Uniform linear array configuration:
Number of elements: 12
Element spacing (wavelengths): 0.5
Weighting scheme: exponential
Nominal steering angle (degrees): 60
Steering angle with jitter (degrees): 58.768
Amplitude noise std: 0.05
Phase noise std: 0.05

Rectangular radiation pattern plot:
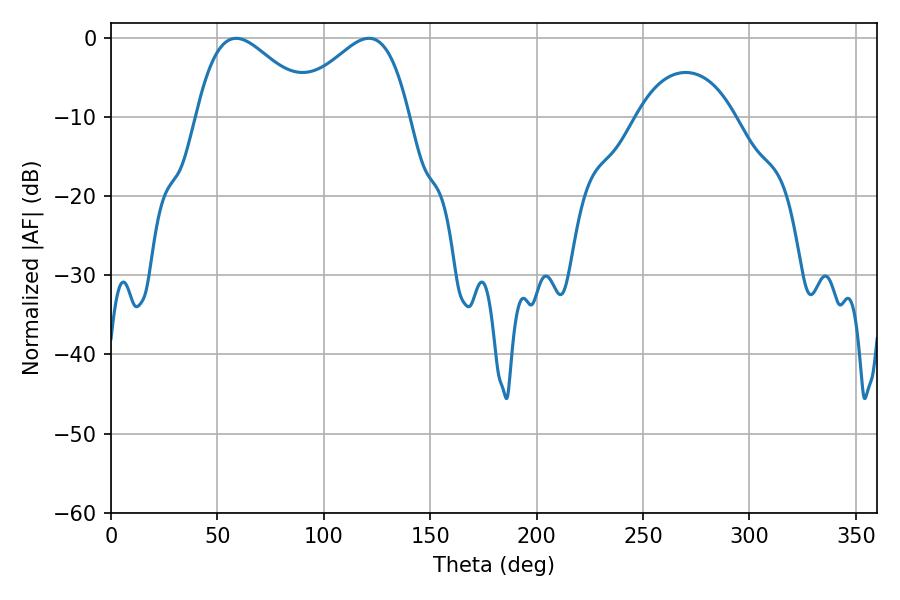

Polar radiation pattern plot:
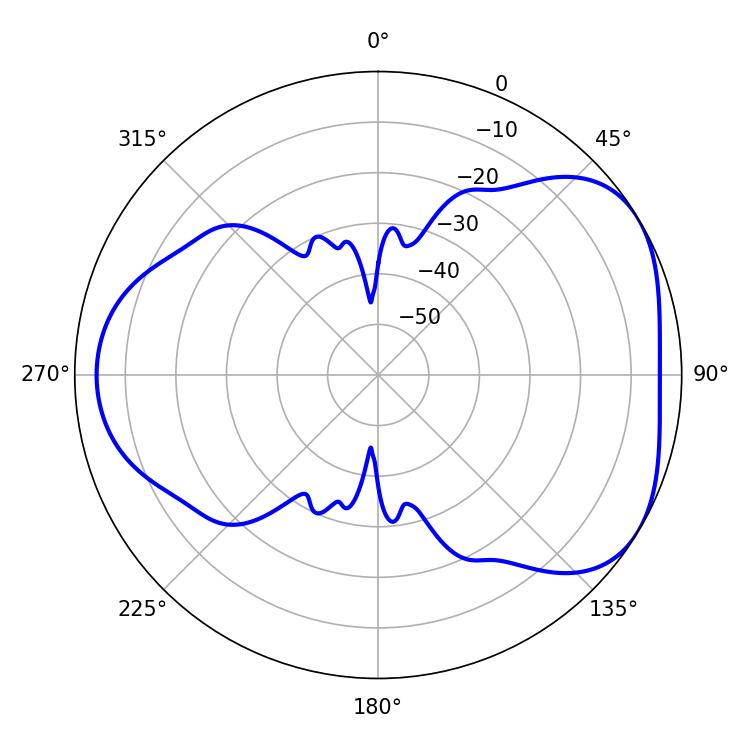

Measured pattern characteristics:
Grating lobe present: FALSE
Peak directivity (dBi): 4.446
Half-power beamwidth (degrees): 29.7
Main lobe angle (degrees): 58.86